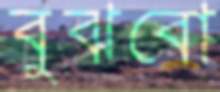
বুঝবো